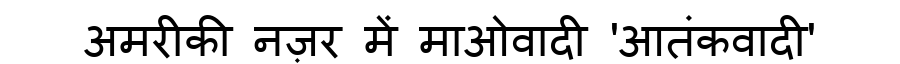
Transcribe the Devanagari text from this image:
अमरीकी नज़र में माओवादी 'आतंकवादी'